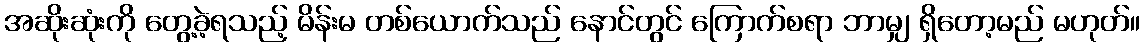
အဆိုးဆုံးကို တွေ့ခဲ့ရသည့် မိန်းမ တစ်ယောက်သည် နောင်တွင် ကြောက်စရာ ဘာမျှ ရှိတော့မည် မဟုတ်။